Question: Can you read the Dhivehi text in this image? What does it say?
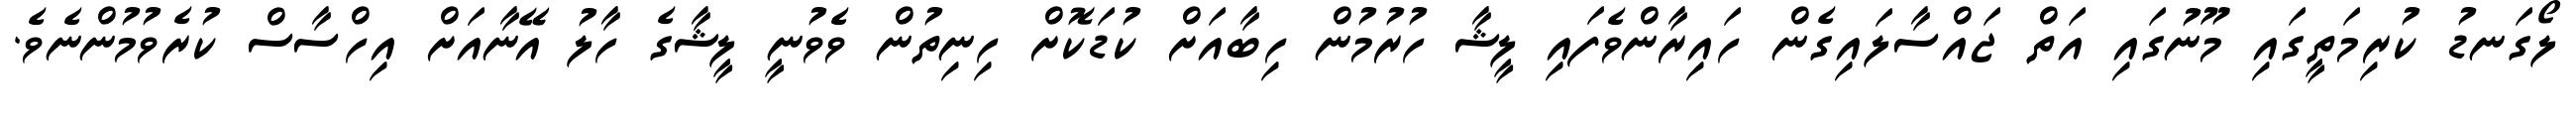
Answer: ލޯގަނޑު ކުރިމަތީގައި މޫނުގައި އަތް ޖައްސާލައިގެން ހައިރާންވެފައި ލީޝާ ހުރުމުން ހިބާއަށް ކުޑަކޮށް ހިނިތުން ވެވުނީ ލީޝާގެ ހާލު އޭނާއަށް އިހްސާސް ކުރެވުމުންނެވެ.